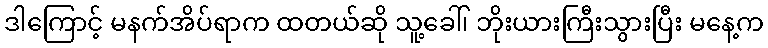
ဒါကြောင့် မနက်အိပ်ရာက ထတယ်ဆို သူ့ခေါ်၊ ဘိုးယားကြီးသွားပြီး မနေ့က